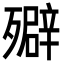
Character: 㱸